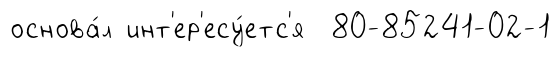
основа́л инт'ер'есу́етс'я 80-85241-02-1